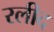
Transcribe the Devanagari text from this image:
रलीद